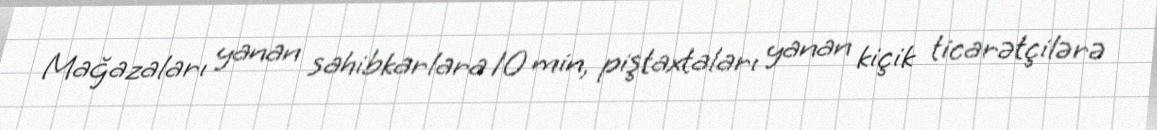
Mağazaları yanan sahibkarlara 10 min, piştaxtaları yanan kiçik ticarətçilərə